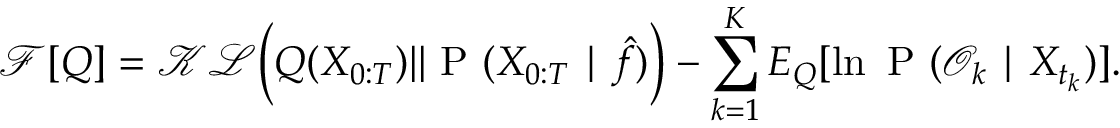
\mathcal { F } [ Q ] = \mathcal { K L } \Big ( Q ( X _ { 0 : T } ) | | \mathrm { ~ P ~ } ( X _ { 0 : T } \mid \hat { f } ) \Big ) - \sum _ { k = 1 } ^ { K } { E } _ { Q } [ \ln \mathrm { ~ P ~ } ( \mathcal { O } _ { k } \mid X _ { t _ { k } } ) ] .